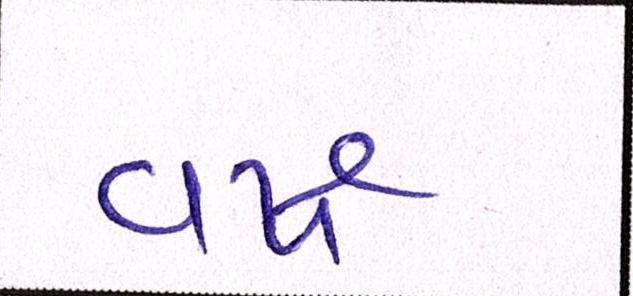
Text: વર્ષ